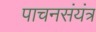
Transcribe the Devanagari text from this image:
पाचनसंयंत्र